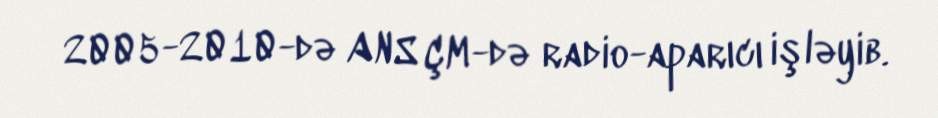
2005-2010-də ANS ÇM-də radio-aparıcı işləyib.